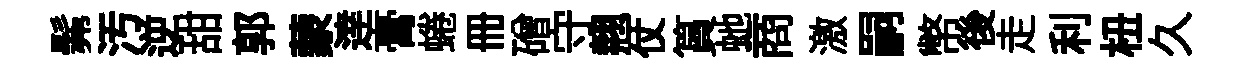
髴汚逆甜郭蒙逹膏蜷册磳守翹仗篔虵商激嗣幣後走利杻久